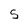
Character: S